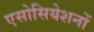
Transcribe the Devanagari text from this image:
एसोसियेशनों